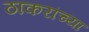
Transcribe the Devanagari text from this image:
ठाकरांच्या